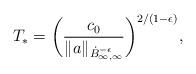
LaTeX: \begin{align*} T_*= \bigg(\frac {c_0} {\|a\|_{\dot B_{\infty,\infty}^{-\epsilon}}}\bigg)^{2/(1-\epsilon)},\end{align*}